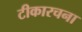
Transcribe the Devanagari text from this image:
टीकारचना